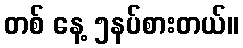
တစ် နေ့ ၅နပ်စားတယ်။